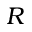
{ \cal R }